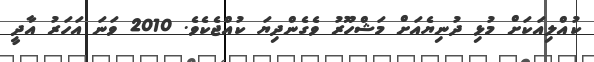
ކުއްލިއަކަށް މުޅި ދުނިޔެއަށް މަޝްހޫރު ވެގެންދިޔަ ކުއްޖެކެވެ. 2010 ވަނަ އަހަރު އާދީ